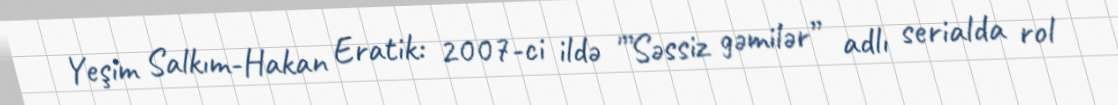
Yeşim Salkım-Hakan Eratik: 2007-ci ildə '”Səssiz gəmilər” adlı serialda rol